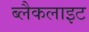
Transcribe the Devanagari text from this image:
ब्लैकलाइट